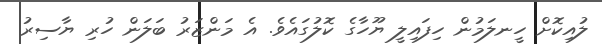
ލުއިކޮށް ހީނލަމުން ހިފައިލީ ޔޫހާގެ ކޮލުގައެވެ. އެ މަންޒަރު ބަލަން ހުރި ޔާސިރު